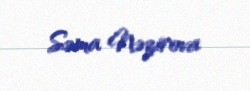
Səma Nəzirova